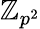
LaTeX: \mathbb{Z}_{p^{2}}